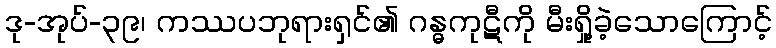
ဒု-အုပ်-၃၉၊ ကဿပဘုရားရှင်၏ ဂန္ဓကုဋီကို မီးရှို့ခဲ့သောကြောင့်